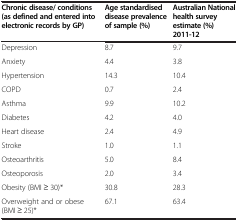
| Chronic disease/ conditions (as defined and entered into electronic records by GP) | Age standardised disease prevalence of sample (%) | Australian National health survey estimate (%) 2011-12 |
 | --- | --- | --- |
 | Depression | 8.7 | 9.7 |
 | Anxiety | 4.4 | 3.8 |
 | Hypertension | 14.3 | 10.4 |
 | COPD | 0.7 | 2.4 |
 | Asthma | 9.9 | 10.2 |
 | Diabetes | 4.2 | 4.0 |
 | Heart disease | 2.4 | 4.9 |
 | Stroke | 1.0 | 1.1 |
 | Osteoarthritis | 5.0 | 8.4 |
 | Osteoporosis | 2.0 | 3.4 |
 | Obesity (BMI ≥ 30)* | 30.8 | 28.3 |
 | Overweight and or obese (BMI ≥ 25)* | 67.1 | 63.4 |